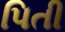
પિતી